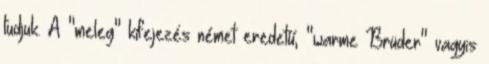
tudjuk. A "meleg" kifejezés német eredetű, "warme Brüder" vagyis